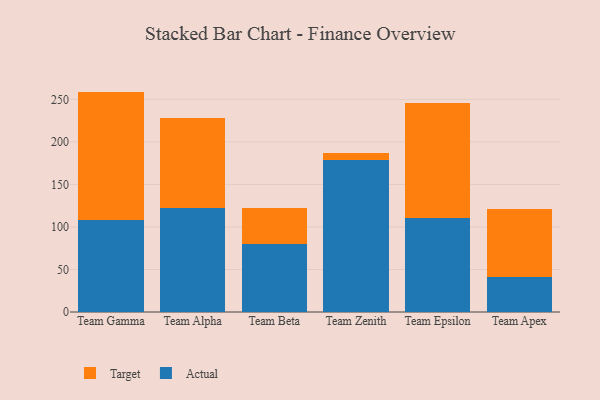
{"axis": {"x": "Team", "y": "Waste Production (Tons)"}, "legend": ["Actual", "Target"], "data": [{"x": "Team Gamma", "y": 108.2, "type": "Actual"}, {"x": "Team Gamma", "y": 150.9, "type": "Target"}, {"x": "Team Alpha", "y": 122.7, "type": "Actual"}, {"x": "Team Alpha", "y": 105.3, "type": "Target"}, {"x": "Team Beta", "y": 79.8, "type": "Actual"}, {"x": "Team Beta", "y": 43.0, "type": "Target"}, {"x": "Team Zenith", "y": 179.0, "type": "Actual"}, {"x": "Team Zenith", "y": 7.9, "type": "Target"}, {"x": "Team Epsilon", "y": 110.9, "type": "Actual"}, {"x": "Team Epsilon", "y": 135.2, "type": "Target"}, {"x": "Team Apex", "y": 40.6, "type": "Actual"}, {"x": "Team Apex", "y": 80.2, "type": "Target"}]}